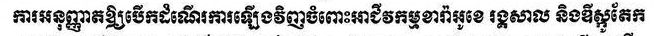
ការអនុញ្ញាតិឲ្យបើកដំណើរការឡើងវិញចំពោះអាជីវកម្មខារ៉ាអូខេ រង្គសាល និងឌីស្កូតែក